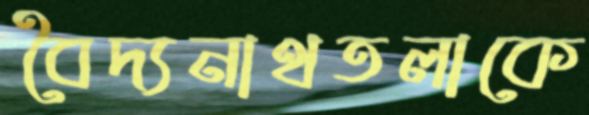
বৈদ্যনাথতলাকে